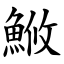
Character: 䱔